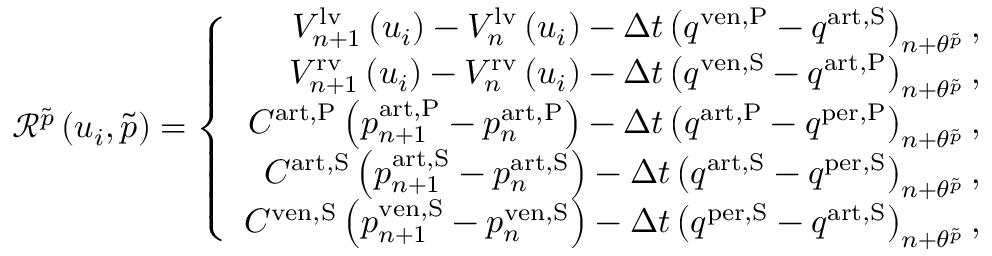
\begin{array} { r } { \mathscr { R } ^ { \tilde { p } } \left( u _ { i } , \tilde { p } \right) = \left\{ \begin{array} { r l } { V _ { n + 1 } ^ { \mathrm { l v } } \left( u _ { i } \right) - V _ { n } ^ { \mathrm { l v } } \left( u _ { i } \right) - \Delta t \left( q ^ { \mathrm { v e n , P } } - q ^ { \mathrm { a r t , S } } \right) _ { n + \theta ^ { \tilde { p } } } , } & { } \\ { V _ { n + 1 } ^ { \mathrm { r v } } \left( u _ { i } \right) - V _ { n } ^ { \mathrm { r v } } \left( u _ { i } \right) - \Delta t \left( q ^ { \mathrm { v e n , S } } - q ^ { \mathrm { a r t , P } } \right) _ { n + \theta ^ { \tilde { p } } } , } & { } \\ { C ^ { \mathrm { a r t , P } } \left( p _ { n + 1 } ^ { \mathrm { a r t , P } } - p _ { n } ^ { \mathrm { a r t , P } } \right) - \Delta t \left( q ^ { \mathrm { a r t , P } } - q ^ { \mathrm { p e r , P } } \right) _ { n + \theta ^ { \tilde { p } } } , } & { } \\ { C ^ { \mathrm { a r t , S } } \left( p _ { n + 1 } ^ { \mathrm { a r t , S } } - p _ { n } ^ { \mathrm { a r t , S } } \right) - \Delta t \left( q ^ { \mathrm { a r t , S } } - q ^ { \mathrm { p e r , S } } \right) _ { n + \theta ^ { \tilde { p } } } , } & { } \\ { C ^ { \mathrm { v e n , S } } \left( p _ { n + 1 } ^ { \mathrm { v e n , S } } - p _ { n } ^ { \mathrm { v e n , S } } \right) - \Delta t \left( q ^ { \mathrm { p e r , S } } - q ^ { \mathrm { a r t , S } } \right) _ { n + \theta ^ { \tilde { p } } } , } & { } \end{array} \right. } \end{array}